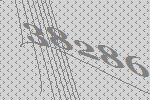
38286